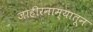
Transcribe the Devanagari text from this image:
जाहीरनाम्यातून